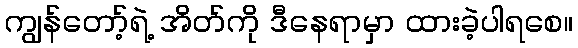
ကျွန်တော့်ရဲ့ အိတ်ကို ဒီနေရာမှာ ထားခဲ့ပါရစေ။